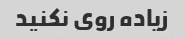
زیاده روی نکنید